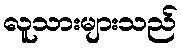
လူသားများသည်